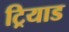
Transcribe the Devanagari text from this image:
ट्रियाड